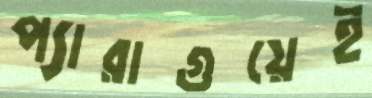
প্যারাগুয়েই